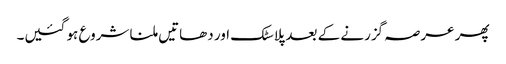
پھر عرصہ گزرنے کے بعد پلاسٹک اور دھاتیں ملنا شروع ہو گئیں۔